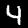
Digit: 4